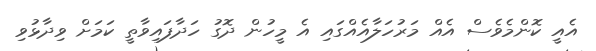
އެއީ ކޮންމެވެސް އެއް މަރުހަލާއެއްގައި އެ މީހުން ދޮގު ހަދާފައިވާތީ ކަމަށް ވިދާޅުވި